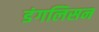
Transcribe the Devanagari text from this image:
डंगलिसन